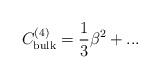
LaTeX: \begin{align*}C_{\rm bulk}^{(4)}=\frac{1}{3}\beta^{2}+...\end{align*}